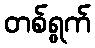
တစ်ရွက်